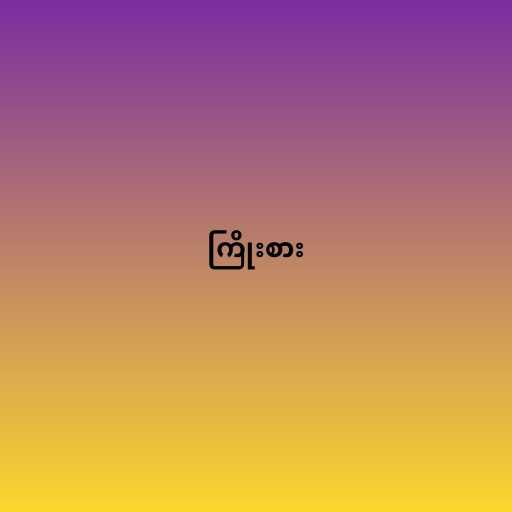
ကြိုးစား